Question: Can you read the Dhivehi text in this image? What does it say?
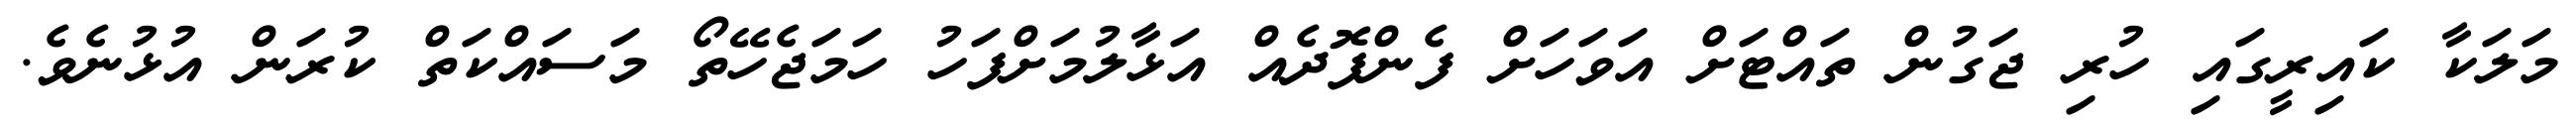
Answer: މަލަކާ ކައިރީގައި ހުރި ޖަގުން ތައްޓަށް އަވަހަށް ފެންފޮދެއް އަޅާލުމަށްފަހު ހަމަޖެހޭތޯ މަސައްކަތް ކުރަން އުޅުނެވެ.